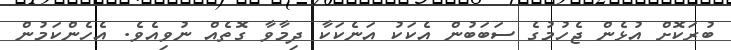
ބުރަކޮށް އުޅެން ޖެހުމުގެ ސަބަބުން އެކަކު އަނެކަކާ ދިމާވާ ގޮތެއް ނުވިއެވެ. އެހެންކަމުން